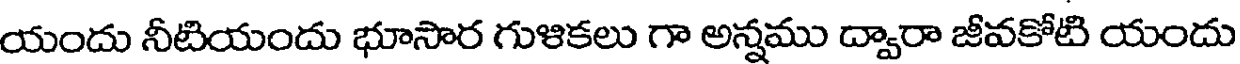
యందు నీటియందు భూసార గుళికలు గా అన్నము ద్వారా జీవకోటి యందు